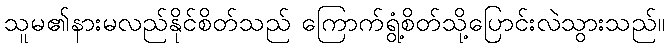
သူမ၏နားမလည်နိုင်စိတ်သည် ကြောက်ရွံ့စိတ်သို့ပြောင်းလဲသွားသည်။